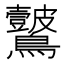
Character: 𪈞